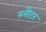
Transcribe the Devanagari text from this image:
स्लौटर